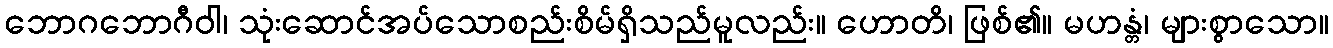
ဘောဂဘောဂီဝါ၊ သုံးဆောင်အပ်သောစည်းစိမ်ရှိသည်မူလည်း။ ဟောတိ၊ ဖြစ်၏။ မဟန္တံ၊ များစွာသော။